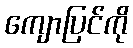
ကျောပြင်ကို